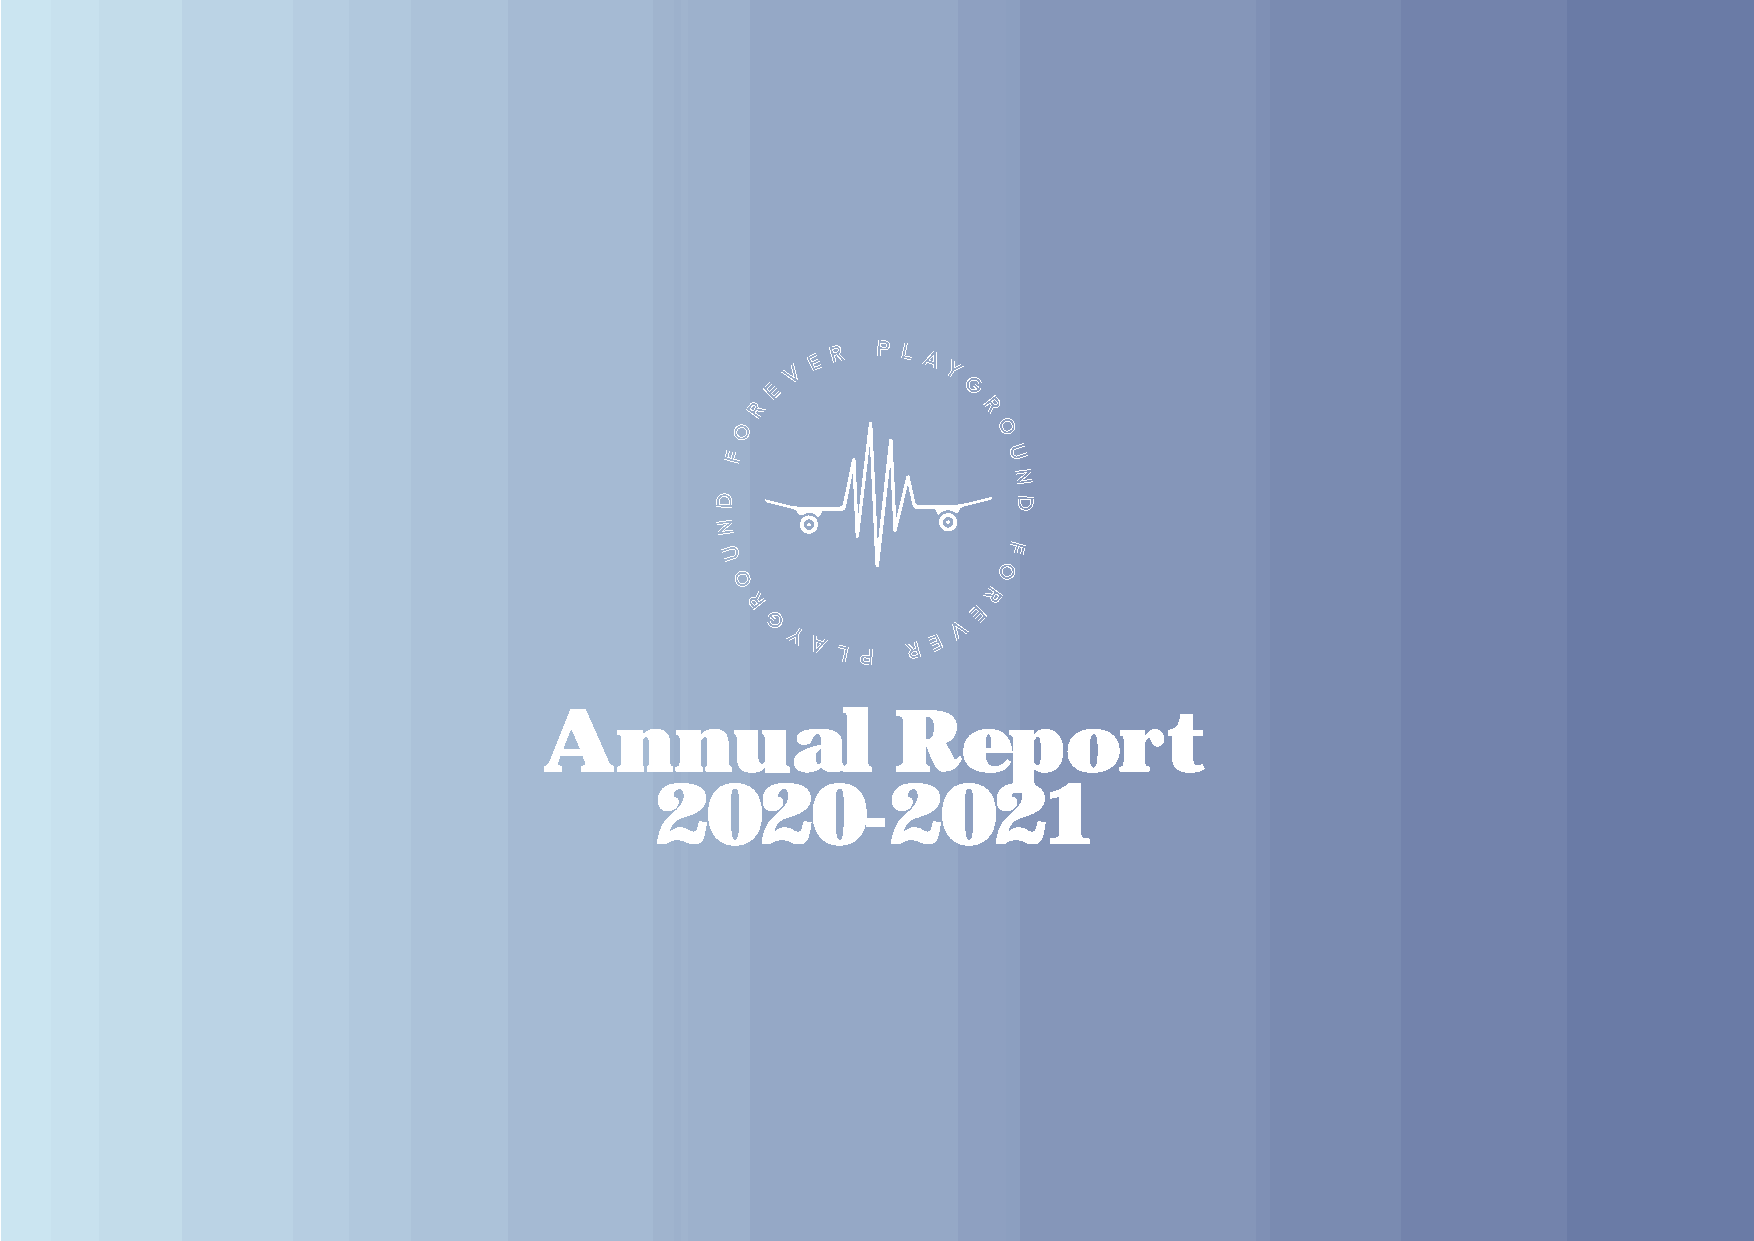
R  P L
 E      A
 V         Y
 E            G
 R
 R
 O                O
 F                  U
 N
 D                   D
 N
 F
 U
 O
 O
 R
 R               E
 G            V
 Y         E
 AL
 P
 R
 Annual                 Report
 2020-2021